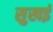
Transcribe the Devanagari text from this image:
सुखई